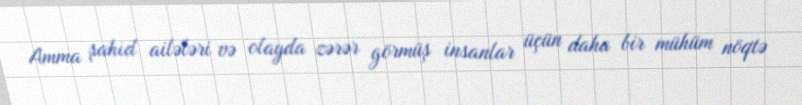
Amma şahid ailələri və olayda zərər görmüş insanlar üçün daha bir mühüm nöqtə